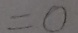
= 0